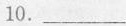
10.___